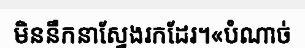
មិននឹកនាស្វែងរកដែរ។«បំណាច់